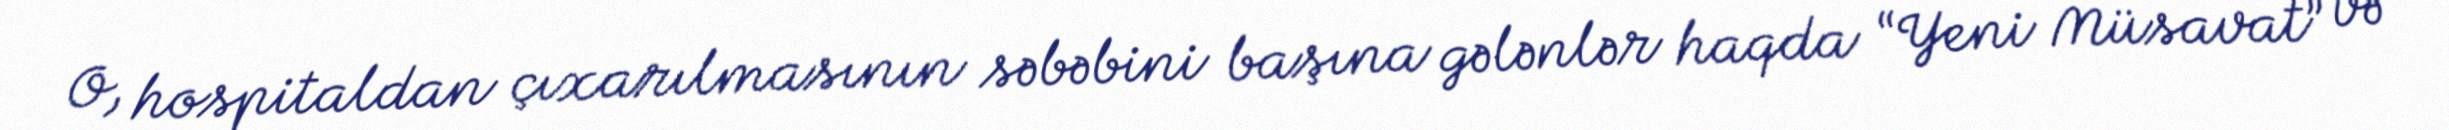
O, hospitaldan çıxarılmasının səbəbini başına gələnlər haqda “Yeni Müsavat” və